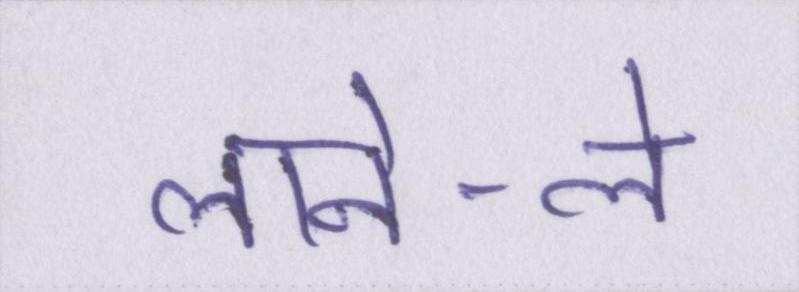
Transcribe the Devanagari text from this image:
लाने-ले